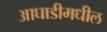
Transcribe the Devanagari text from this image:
आघाडीमधील